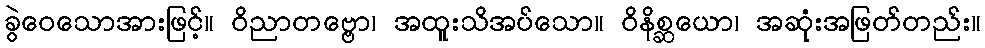
ခွဲဝေသောအားဖြင့်။ ဝိညာတဗ္ဗော၊ အထူးသိအပ်သော။ ဝိနိစ္ဆယော၊ အဆုံးအဖြတ်တည်း။